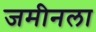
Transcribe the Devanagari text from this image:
जमीनला